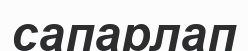
сапарлап